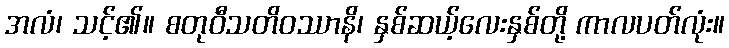
အလံ၊ သင့်၏။ စတုဝီသတိဝဿာနိ၊ နှစ်ဆယ့်လေးနှစ်တို့ ကာလပတ်လုံး။